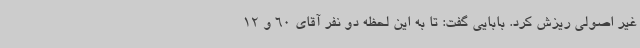
غیر اصولی ریزش کرد. بابایی گفت: تا به این لحظه دو نفر آقای 60 و 12